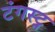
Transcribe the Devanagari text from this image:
टंगस्ट्न